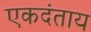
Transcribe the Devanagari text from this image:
एकदंताय